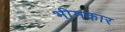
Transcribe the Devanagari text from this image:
भीमकार